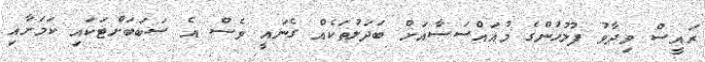
ރައީސް ވިދާވު ފުލުހުންގެ މުއައްސަސާއަށް ބަދަލުތަކެއް ގެނައީ ވެސް އެ ސަބަބަށްޓަކައި ކަމަށާއި